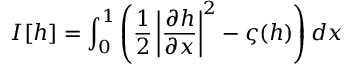
I [ h ] = \int _ { 0 } ^ { 1 } \left( \frac { 1 } { 2 } \left| \frac { \partial h } { \partial x } \right| ^ { 2 } - \varsigma ( h ) \right) d x